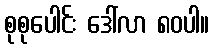
စုစုပေါင်း ဒေါ်လာ ၈၀ပါ။